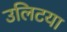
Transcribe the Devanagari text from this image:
उलिटया